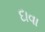
દાવા